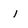
Character: 1